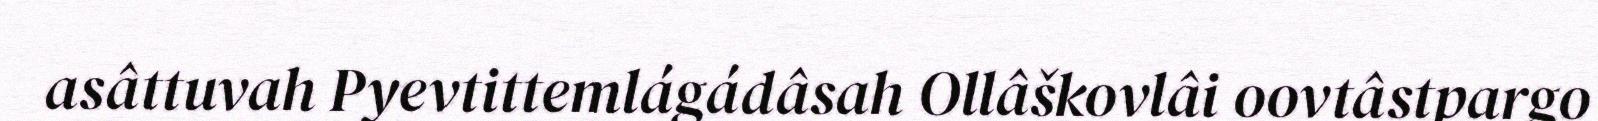
asâttuvah Pyevtittemlágádâsah Ollâškovlâi oovtâstpargo